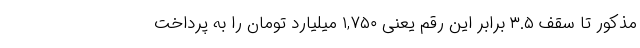
مذکور تا سقف ۳.۵ برابر این رقم یعنی ۱,۷۵۰ میلیارد تومان را به پرداخت